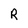
Character: R